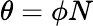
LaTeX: \theta=\phi N